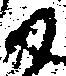
尉